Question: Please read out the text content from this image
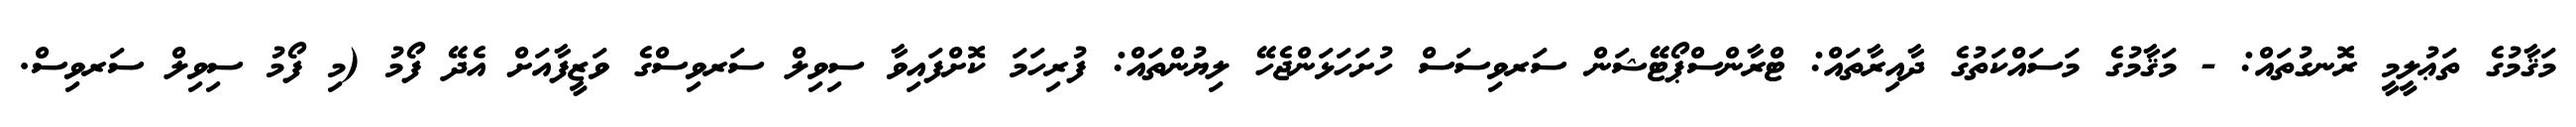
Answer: މަޤާމުގެ ތަޢުލީމީ ރޮނގުތައް: - މަޤާމުގެ މަސައްކަތުގެ ދާއިރާތައް: ޓްރާންސްޕޯޓޭޝަން ސަރވިސަސް ހުށަހަޅަންޖެހޭ ލިޔުންތައް: ފުރިހަމަ ކޮށްފައިވާ ސިވިލް ސަރވިސްގެ ވަޒީފާއަށް އެދޭ ފޯމު (މި ފޯމު ސިވިލް ސަރވިސް.